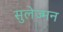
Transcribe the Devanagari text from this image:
सुलेज्मन